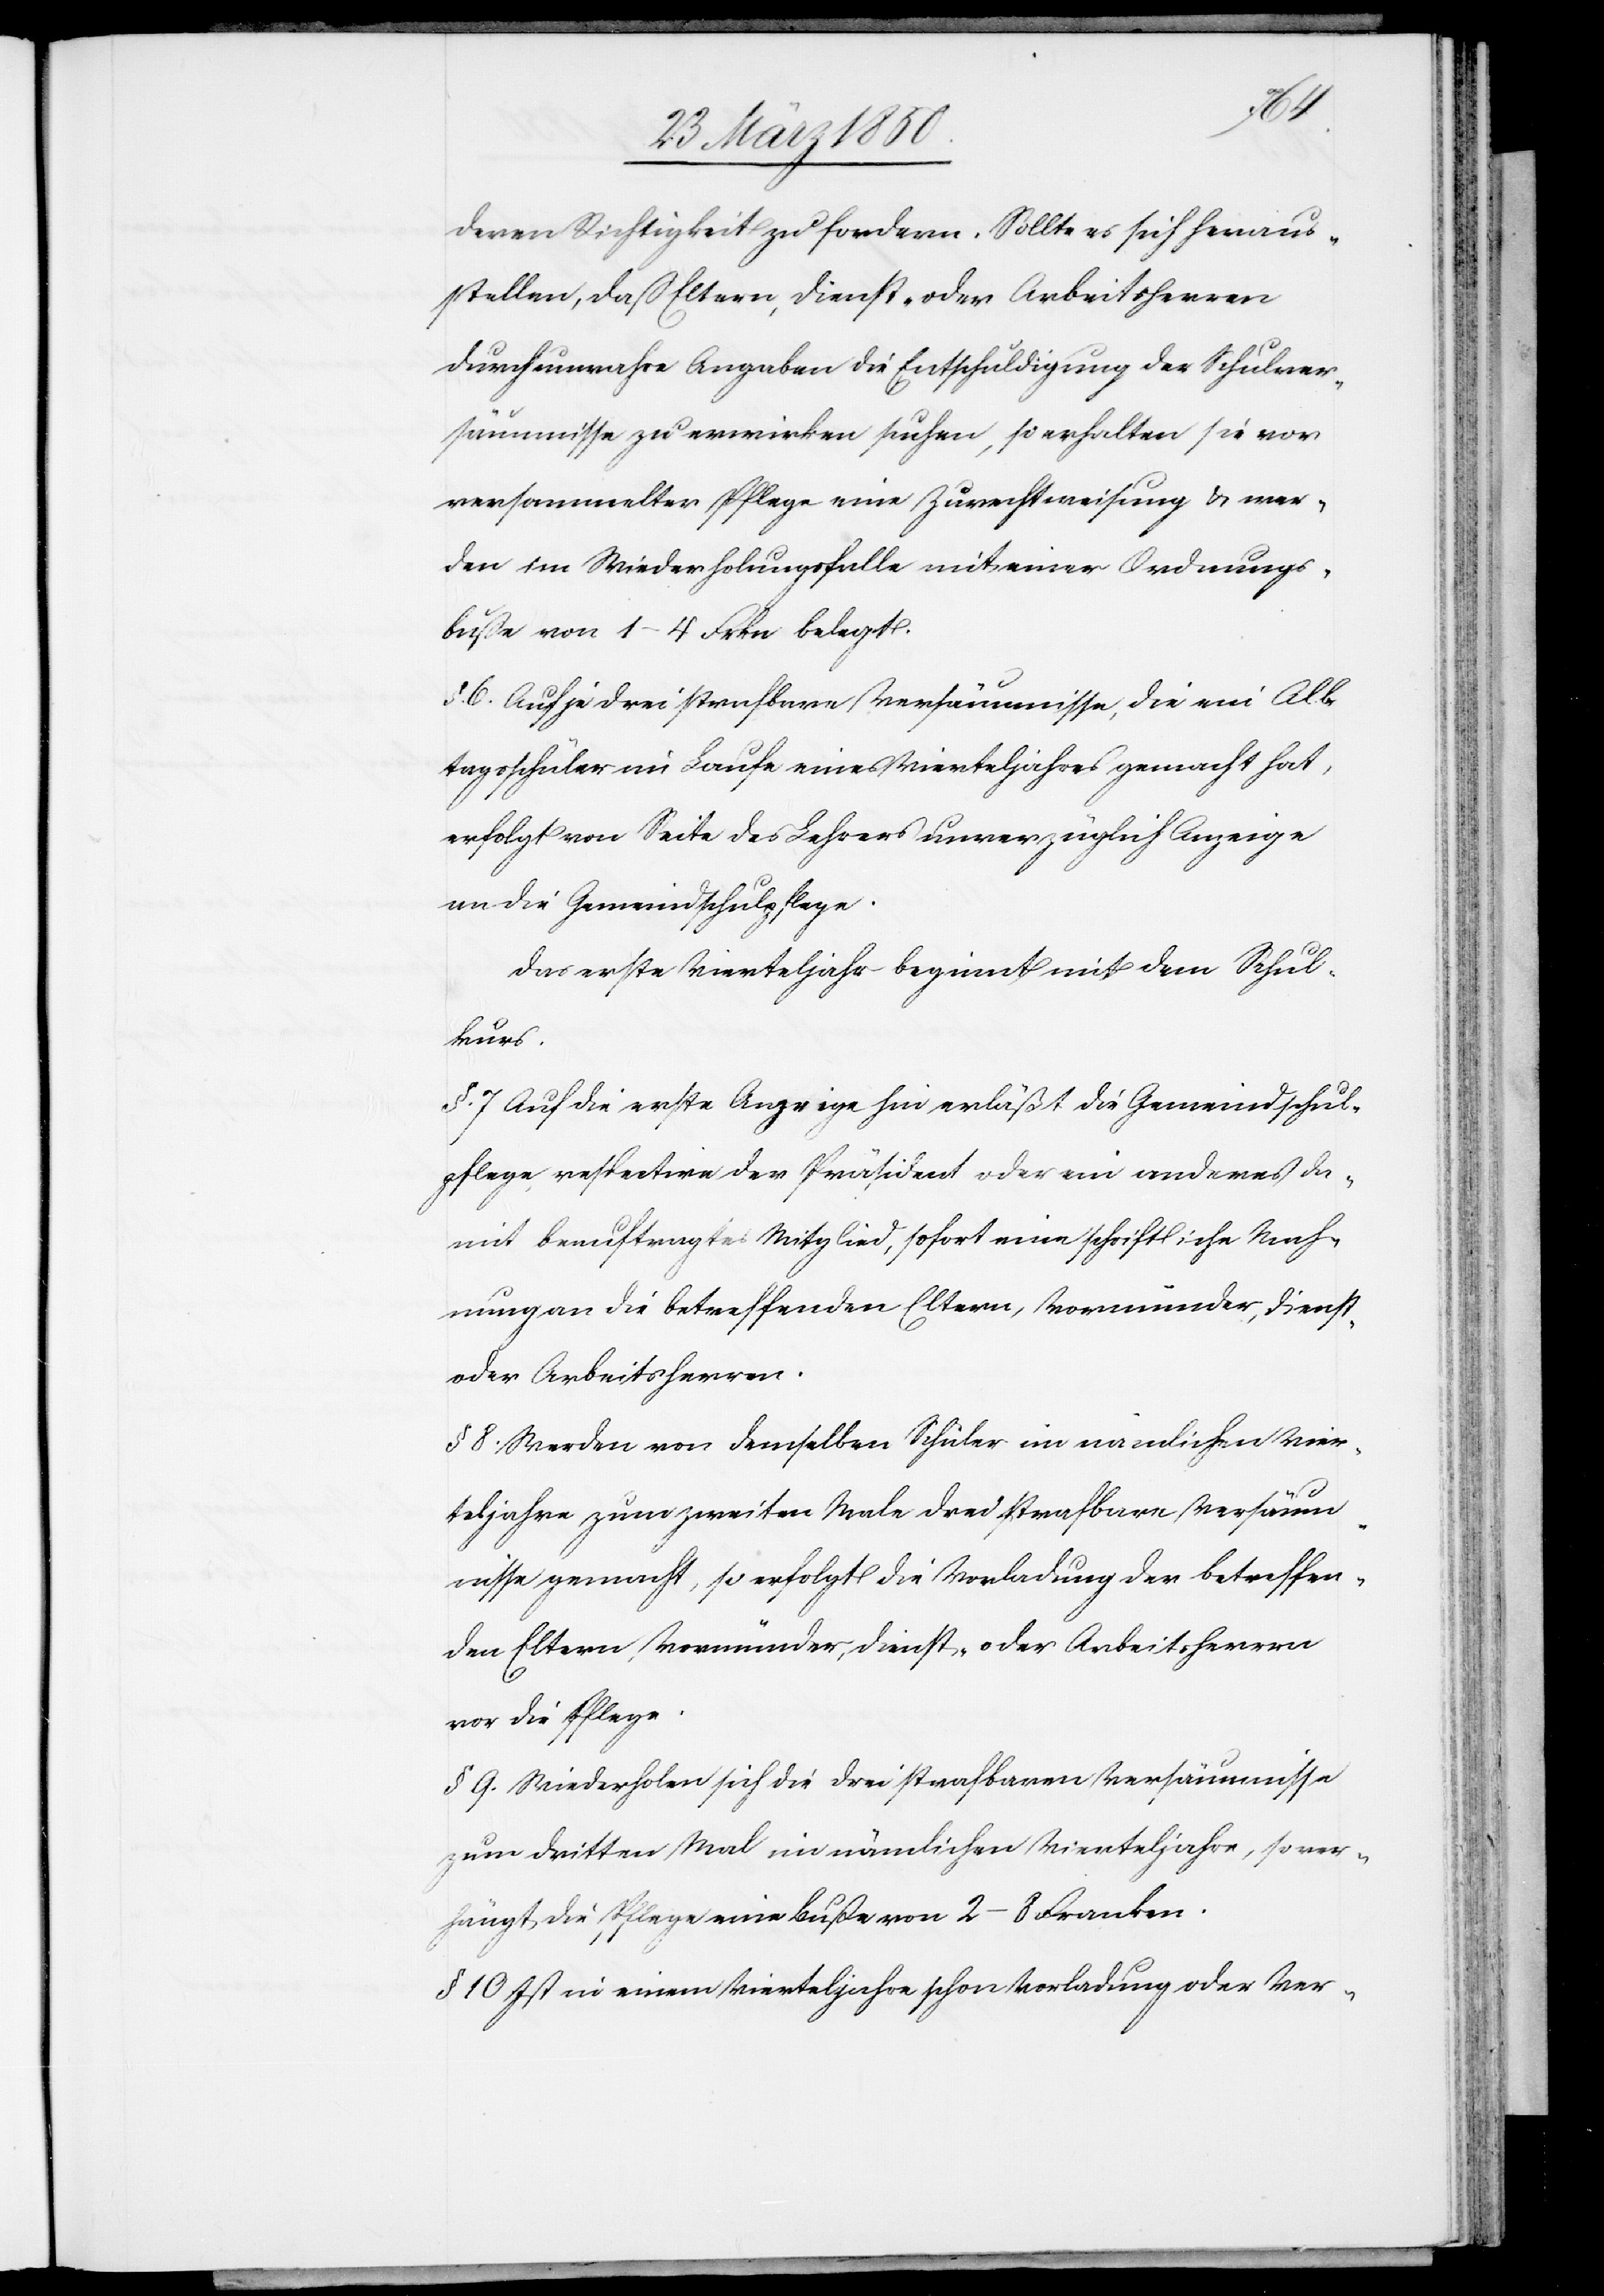
deren Richtigkeit z fordern. Sollte es sich heraus¬
stellen, daß Eltern, Dienst- oder Arbeitsherren
durch unwahre Angaben die Entschuldigung der Schulver¬
säumnisse zu erwirken suchen, so erhalten sie vor
versammelter Pflege eine Zurechtweisung & wer¬
den im Wiederholungsfalle mit einer Ordnungs¬
buße von 1–4 Frkn belegt.
§. 6 Auf je drei strafbare Versäumnisse, die ein All¬
tagsschüler im Laufe eines Vierteljahres gemacht hat,
erfolgt von Seite des Lehrers unverzüglich Anzeige
an die Gemeindschulpfelge.
Das erste Vierteljahr beginnt mit dem Schul¬
kurs.
§. 7 Auf die erste Anzeige hin erläßt die Gemeindschul¬
pflege respective der Präsident oder ein anderes da¬
mit beauftragtes Mitglied, sofort eine schriftliche Mah¬
nung an die betreffenden Eltern, Vormünder, Dienst-
oder Arbeitsherren.
§ 8 Werden von demselben Schüler im nämlichen Vier¬
teljahre zum zweiten Male drei strafbare Versäum¬
nisse gemacht, so erfolgt die Vorladung der betreffen¬
den Eltern, Vormünder, Dienst- oder Arbeitsherren
vor die Pflege.
§ 9. Wiederholen sich die drei strafbaren Versäumnisse
zum dritten Mal im nämlichen Vierteljahre, so ver¬
hängt die Pflege eine Buße von 2–8 Franken.
§ 10 Ist in einem Vierteljahre schon Vorladung oder Ver-